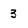
Character: 3